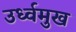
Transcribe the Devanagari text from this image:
उर्ध्वमुख